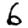
Digit: 6